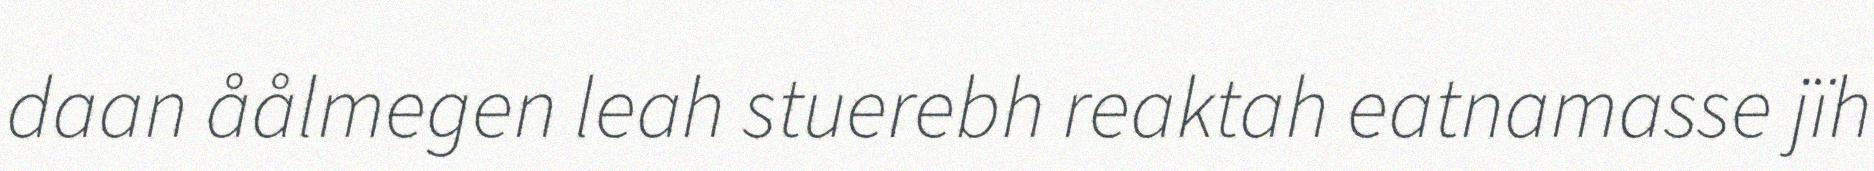
daan åålmegen leah stuerebh reaktah eatnamasse jïh